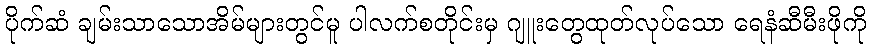
ပိုက်ဆံ ချမ်းသာသောအိမ်များတွင်မူ ပါလက်စတိုင်းမှ ဂျူးတွေထုတ်လုပ်သော ရေနံဆီမီးဖိုကို